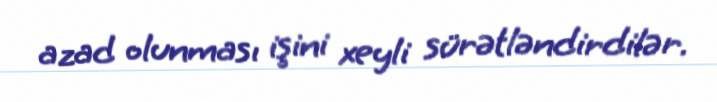
azad olunması işini xeyli sürətləndirdilər.